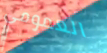
العمومي